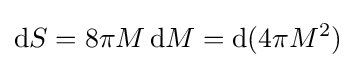
\mathrm {d} S=8\pi M\,\mathrm {d} M=\mathrm {d} (4\pi M^{2})